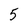
Character: 5